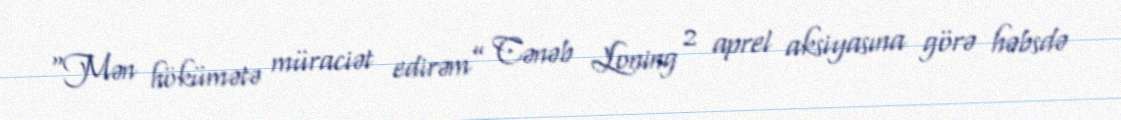
“Mən hökümətə müraciət edirəm” Cənəb Loning 2 aprel aksiyasına görə həbsdə